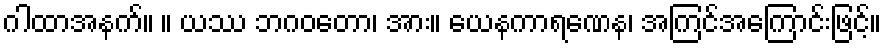
ဂါထာအနက်။ ။ ယဿ ဘဂဝတော၊ အား။ ယေနကာရဏေန၊ အကြင်အကြောင်းဖြင့်။